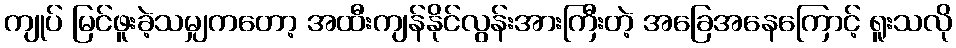
ကျုပ် မြင်ဖူးခဲ့သမျှကတော့ အထီးကျန်နိုင်လွန်းအားကြီးတဲ့ အခြေအနေကြောင့် ရူးသလို